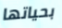
بحياتها